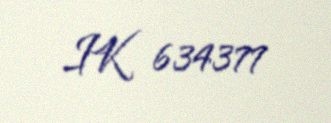
IK 634377